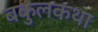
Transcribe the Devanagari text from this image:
बकुलकथा